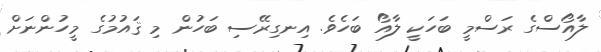
ލާއޯސްގެ ރަސްމީ ބަހަކީ ލާާއޯ ބަހެވެ. އިނގިރޭސި ބަހުން މި ޤައުމުގެ މީހުންނަށް